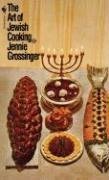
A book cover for The Art of Jewish Cooking; Jennie Grossinger; Cookbooks, Food & Wine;